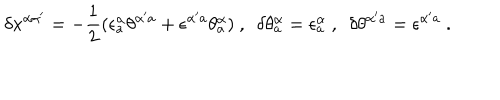
LaTeX: \delta x ^ { \alpha \alpha ^ { \prime } } = - { \frac { 1 } { 2 } } ( \epsilon _ { a } ^ { \alpha } \theta ^ { \alpha ^ { \prime } a } + \epsilon ^ { \alpha ^ { \prime } a } \theta _ { a } ^ { \alpha } ) \ , \ \ \delta \theta _ { a } ^ { \alpha } = \epsilon _ { a } ^ { \alpha } \ , \ \ \delta \theta ^ { \alpha ^ { \prime } a } = \epsilon ^ { \alpha ^ { \prime } a } \ .